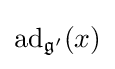
\operatorname {ad} _{{\mathfrak {g}}'}(x)